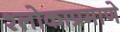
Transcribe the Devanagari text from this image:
श्लोकाप्रमाणे